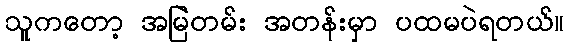
သူကတော့ အမြဲတမ်း အတန်းမှာ ပထမပဲရတယ်။